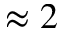
\approx 2